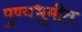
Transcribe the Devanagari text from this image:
पुण्यभूमीत